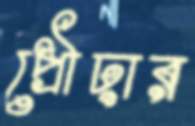
প্রৌঢ়ার